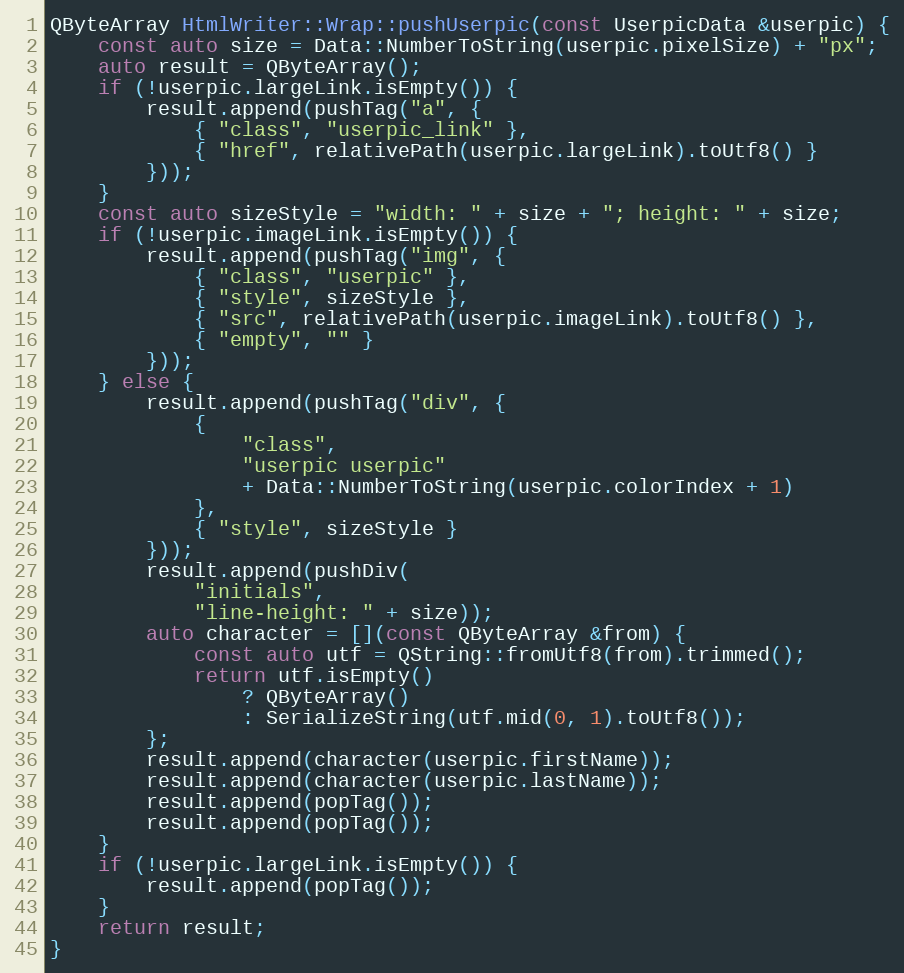
Language: C++
QByteArray HtmlWriter::Wrap::pushUserpic(const UserpicData &userpic) {
	const auto size = Data::NumberToString(userpic.pixelSize) + "px";
	auto result = QByteArray();
	if (!userpic.largeLink.isEmpty()) {
		result.append(pushTag("a", {
			{ "class", "userpic_link" },
			{ "href", relativePath(userpic.largeLink).toUtf8() }
		}));
	}
	const auto sizeStyle = "width: " + size + "; height: " + size;
	if (!userpic.imageLink.isEmpty()) {
		result.append(pushTag("img", {
			{ "class", "userpic" },
			{ "style", sizeStyle },
			{ "src", relativePath(userpic.imageLink).toUtf8() },
			{ "empty", "" }
		}));
	} else {
		result.append(pushTag("div", {
			{
				"class",
				"userpic userpic"
				+ Data::NumberToString(userpic.colorIndex + 1)
			},
			{ "style", sizeStyle }
		}));
		result.append(pushDiv(
			"initials",
			"line-height: " + size));
		auto character = [](const QByteArray &from) {
			const auto utf = QString::fromUtf8(from).trimmed();
			return utf.isEmpty()
				? QByteArray()
				: SerializeString(utf.mid(0, 1).toUtf8());
		};
		result.append(character(userpic.firstName));
		result.append(character(userpic.lastName));
		result.append(popTag());
		result.append(popTag());
	}
	if (!userpic.largeLink.isEmpty()) {
		result.append(popTag());
	}
	return result;
}